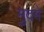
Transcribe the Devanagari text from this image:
मुदमे